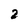
Character: 2